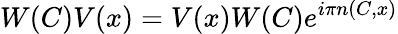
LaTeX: W(C)V(x)=V(x)W(C)e^{i\pi n(C,x)}